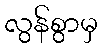
လွန်စွာမှ